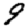
Digit: 9